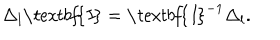
\Delta _ { l } \textit { \textbf { I } } = \textit { \textbf { I } } ^ { - 1 } \Delta _ { l } .